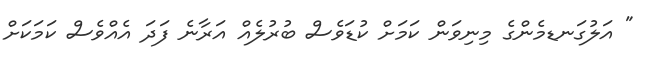
" އަލުގަނޑމެންގެ މިނިވަން ކަމަށް ކުޑަވެސް ބުރުލެއް އަރާނެ ފަދަ އެއްވެސް ކަމަކަށް